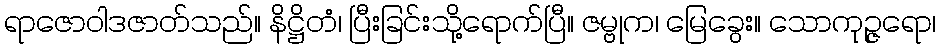
ရာဇောဝါဒဇာတ်သည်။ နိဋ္ဌိတံ၊ ပြီးခြင်းသို့ရောက်ပြီ။ ဇမ္ဗုက၊ မြေခွေး။ သောကုဉ္ဇရော၊